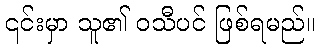
၎င်းမှာ သူ၏ ဝသီပင် ဖြစ်ရမည်။